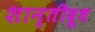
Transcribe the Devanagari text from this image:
शान्तीदूध